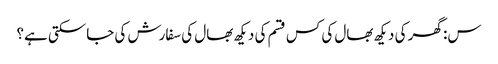
س: گھر کی دیکھ بھال کی کس قسم کی دیکھ بھال کی سفارش کی جاسکتی ہے؟